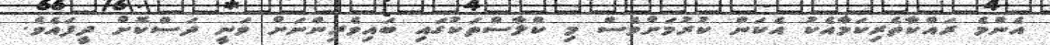
އެންމެ ރައްކާތެރިކަމާއެކު އެކަން ކުރުމަށްވެސް މި ކްލާސްތަކުގައި ބައިވެރިންނަށް ވަނީ ދަސްކޮށް ދީފައެވެ.